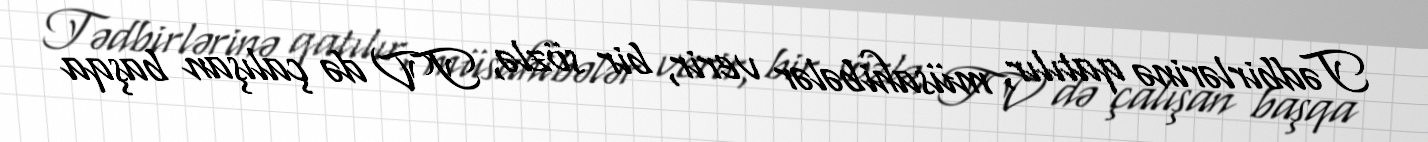
Tədbirlərinə qatılır, müsahibələr verir, bir sözlə, TV də çalışan başqa